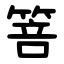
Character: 箁